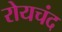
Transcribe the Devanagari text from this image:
रोयचंद